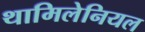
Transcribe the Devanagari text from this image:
थामिलेनियल